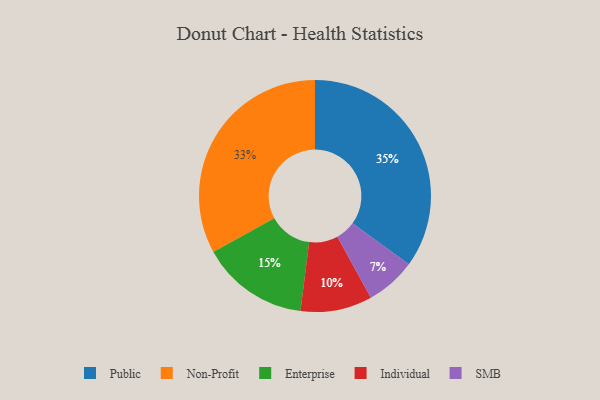
{"axis": {"x": "Category", "y": "Percentage"}, "legend": ["Enterprise", "Individual", "Non-Profit", "Public", "SMB"], "data": [{"x": "SMB", "y": 7, "type": "SMB"}, {"x": "Enterprise", "y": 15, "type": "Enterprise"}, {"x": "Individual", "y": 10, "type": "Individual"}, {"x": "Public", "y": 35, "type": "Public"}, {"x": "Non-Profit", "y": 33, "type": "Non-Profit"}]}